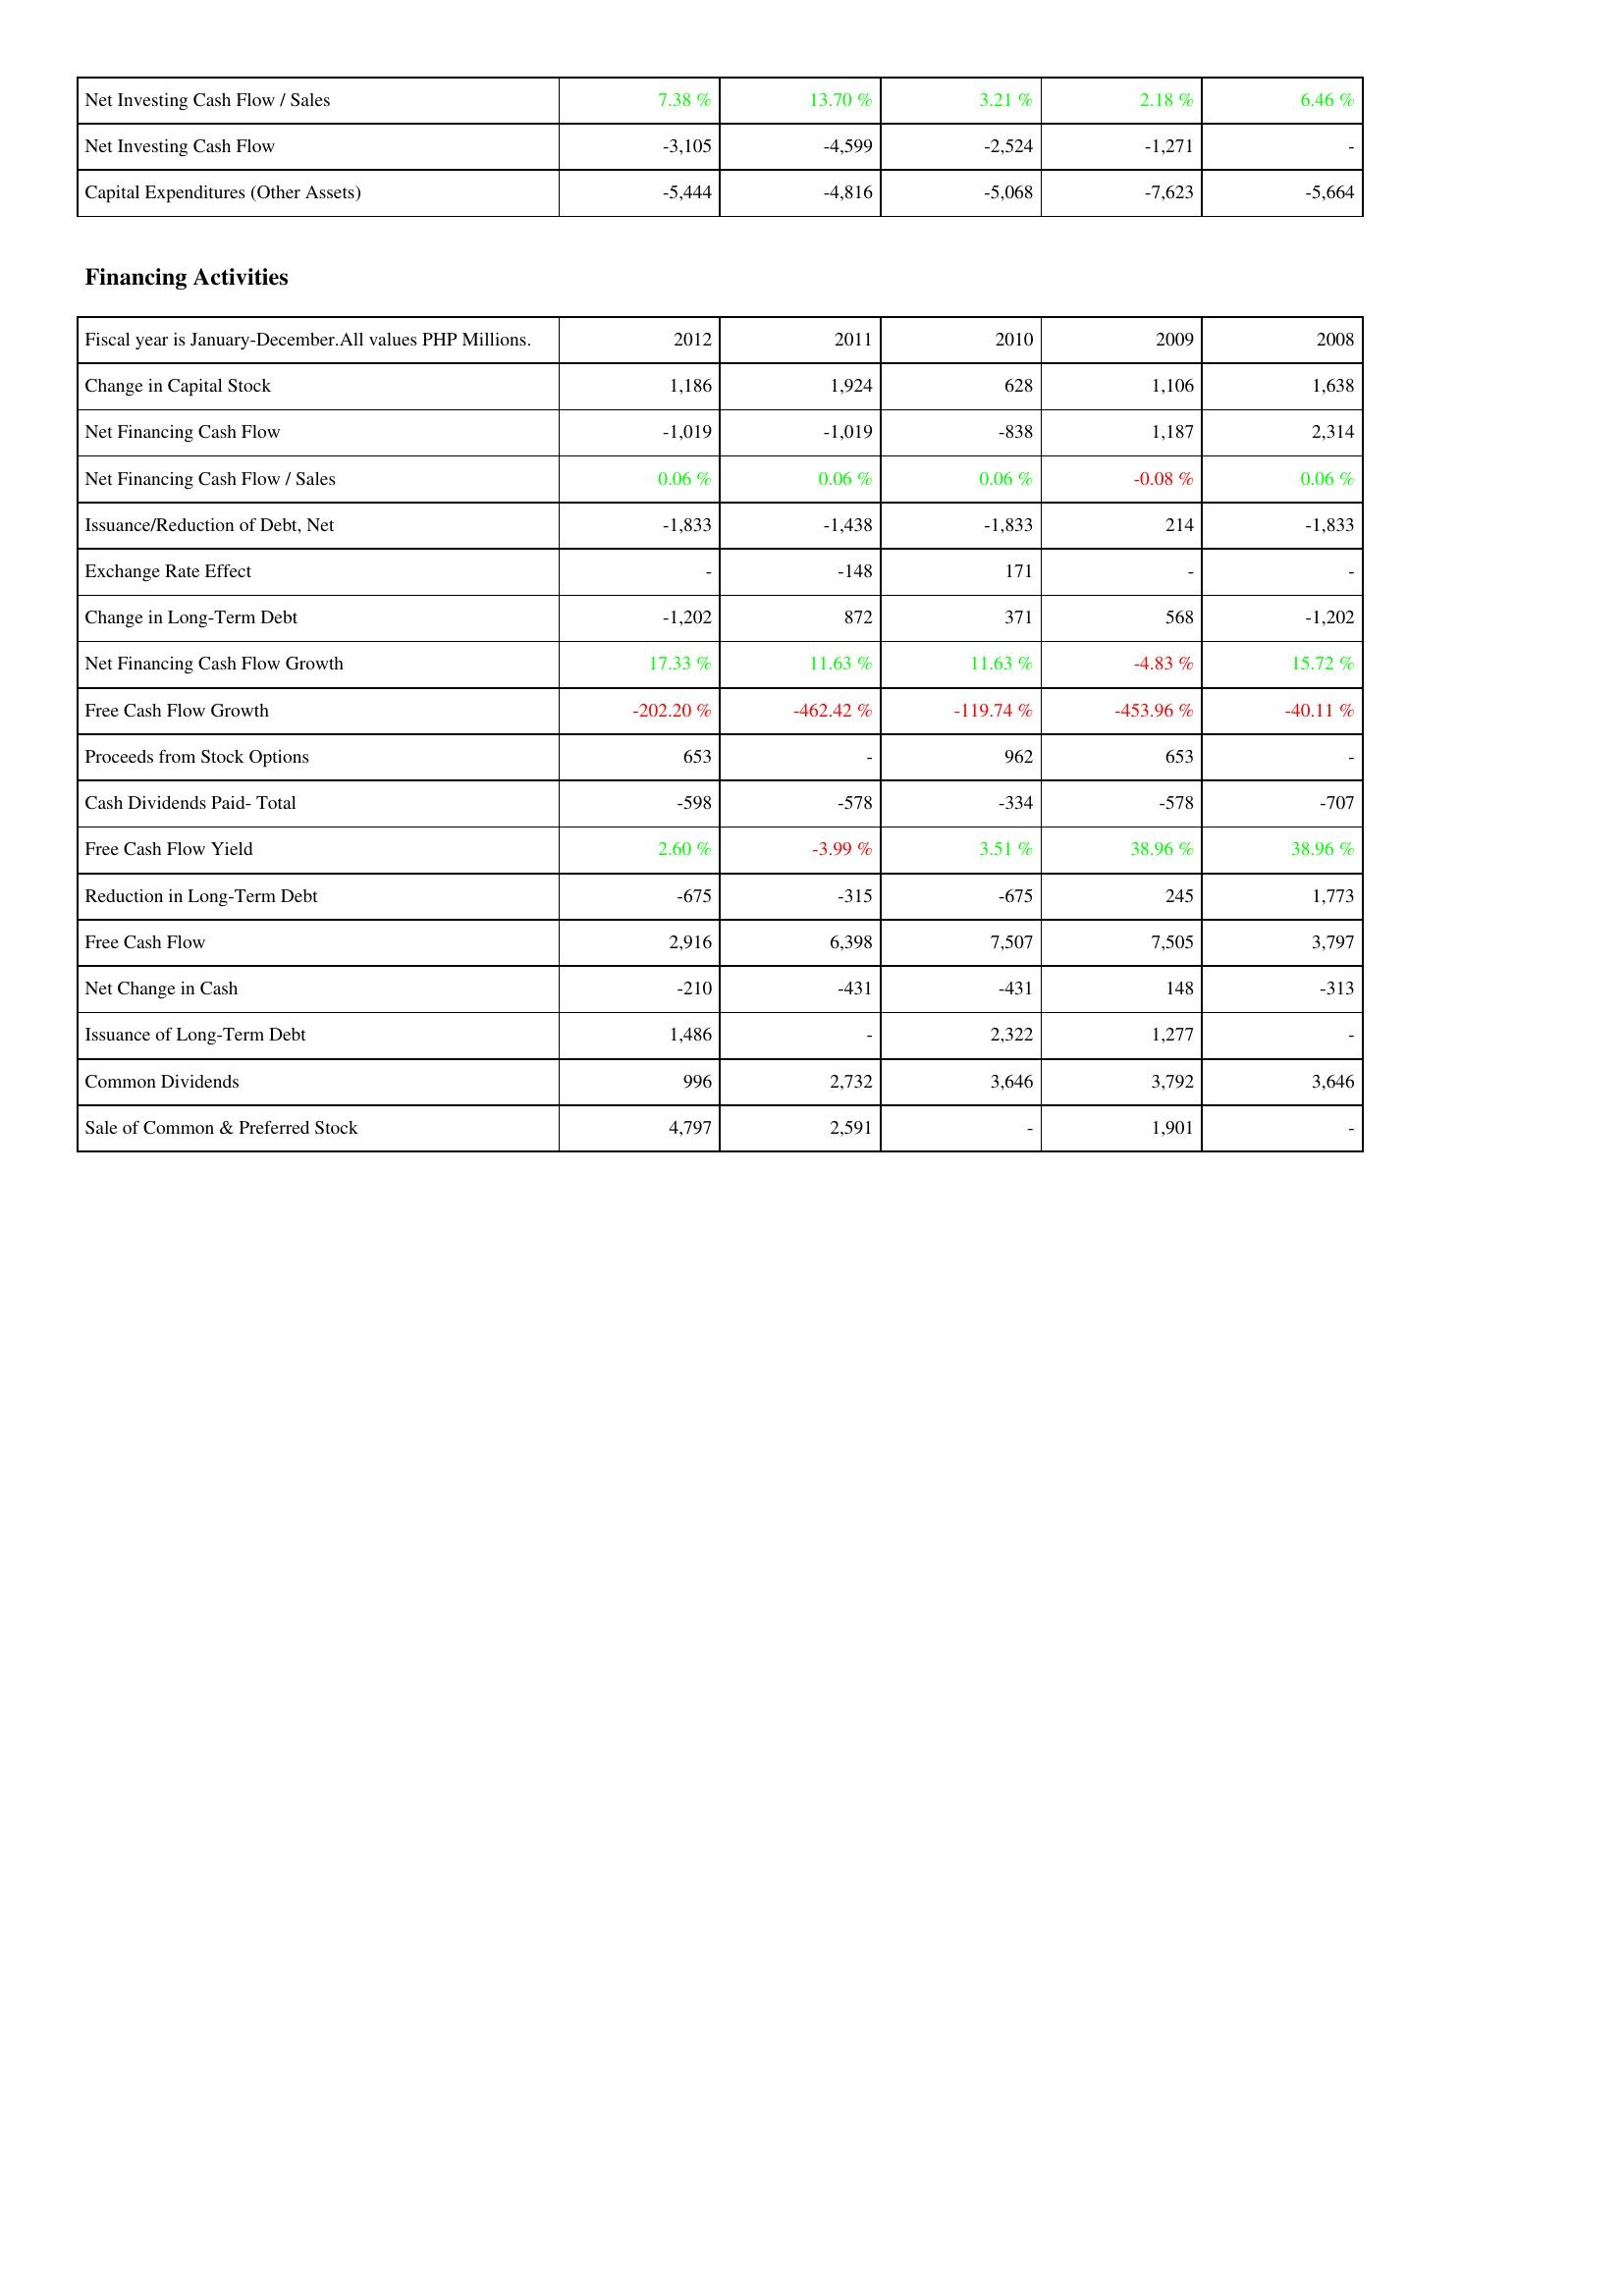
2012: Investing Activities: Net Investing Cash Flow / Sales: 7.38 %
Net Investing Cash Flow: -3,105
Capital Expenditures (Other Assets): -5,444
Financing Activities: Change in Capital Stock: 1,186
Net Financing Cash Flow: -1,019
Net Financing Cash Flow / Sales: 0.06 %
Issuance/Reduction of Debt, Net: -1,833
Exchange Rate Effect: -
Change in Long-Term Debt: -1,202
Net Financing Cash Flow Growth: 17.33 %
Free Cash Flow Growth: -202.20 %
Proceeds from Stock Options: 653
Cash Dividends Paid- Total: -598
Free Cash Flow Yield: 2.60 %
Reduction in Long-Term Debt: -675
Free Cash Flow: 2,916
Net Change in Cash: -210
Issuance of Long-Term Debt: 1,486
Common Dividends: 996
Sale of Common & Preferred Stock: 4,797
2011: Investing Activities: Net Investing Cash Flow / Sales: 13.70 %
Net Investing Cash Flow: -4,599
Capital Expenditures (Other Assets): -4,816
Financing Activities: Change in Capital Stock: 1,924
Net Financing Cash Flow: -1,019
Net Financing Cash Flow / Sales: 0.06 %
Issuance/Reduction of Debt, Net: -1,438
Exchange Rate Effect: -148
Change in Long-Term Debt: 872
Net Financing Cash Flow Growth: 11.63 %
Free Cash Flow Growth: -462.42 %
Proceeds from Stock Options: -
Cash Dividends Paid- Total: -578
Free Cash Flow Yield: -3.99 %
Reduction in Long-Term Debt: -315
Free Cash Flow: 6,398
Net Change in Cash: -431
Issuance of Long-Term Debt: -
Common Dividends: 2,732
Sale of Common & Preferred Stock: 2,591
2010: Investing Activities: Net Investing Cash Flow / Sales: 3.21 %
Net Investing Cash Flow: -2,524
Capital Expenditures (Other Assets): -5,068
Financing Activities: Change in Capital Stock: 628
Net Financing Cash Flow: -838
Net Financing Cash Flow / Sales: 0.06 %
Issuance/Reduction of Debt, Net: -1,833
Exchange Rate Effect: 171
Change in Long-Term Debt: 371
Net Financing Cash Flow Growth: 11.63 %
Free Cash Flow Growth: -119.74 %
Proceeds from Stock Options: 962
Cash Dividends Paid- Total: -334
Free Cash Flow Yield: 3.51 %
Reduction in Long-Term Debt: -675
Free Cash Flow: 7,507
Net Change in Cash: -431
Issuance of Long-Term Debt: 2,322
Common Dividends: 3,646
Sale of Common & Preferred Stock: -
2009: Investing Activities: Net Investing Cash Flow / Sales: 2.18 %
Net Investing Cash Flow: -1,271
Capital Expenditures (Other Assets): -7,623
Financing Activities: Change in Capital Stock: 1,106
Net Financing Cash Flow: 1,187
Net Financing Cash Flow / Sales: -0.08 %
Issuance/Reduction of Debt, Net: 214
Exchange Rate Effect: -
Change in Long-Term Debt: 568
Net Financing Cash Flow Growth: -4.83 %
Free Cash Flow Growth: -453.96 %
Proceeds from Stock Options: 653
Cash Dividends Paid- Total: -578
Free Cash Flow Yield: 38.96 %
Reduction in Long-Term Debt: 245
Free Cash Flow: 7,505
Net Change in Cash: 148
Issuance of Long-Term Debt: 1,277
Common Dividends: 3,792
Sale of Common & Preferred Stock: 1,901
2008: Investing Activities: Net Investing Cash Flow / Sales: 6.46 %
Net Investing Cash Flow: -
Capital Expenditures (Other Assets): -5,664
Financing Activities: Change in Capital Stock: 1,638
Net Financing Cash Flow: 2,314
Net Financing Cash Flow / Sales: 0.06 %
Issuance/Reduction of Debt, Net: -1,833
Exchange Rate Effect: -
Change in Long-Term Debt: -1,202
Net Financing Cash Flow Growth: 15.72 %
Free Cash Flow Growth: -40.11 %
Proceeds from Stock Options: -
Cash Dividends Paid- Total: -707
Free Cash Flow Yield: 38.96 %
Reduction in Long-Term Debt: 1,773
Free Cash Flow: 3,797
Net Change in Cash: -313
Issuance of Long-Term Debt: -
Common Dividends: 3,646
Sale of Common & Preferred Stock: -